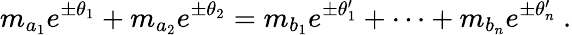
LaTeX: m_{a_{1}}e^{\pm\theta_{1}}+m_{a_{2}}e^{\pm\theta_{2}}=m_{b_{1}}e^{\pm\theta_{1}^{\prime}}+\dots+m_{b_{n}}e^{\pm\theta_{n}^{\prime}}~.